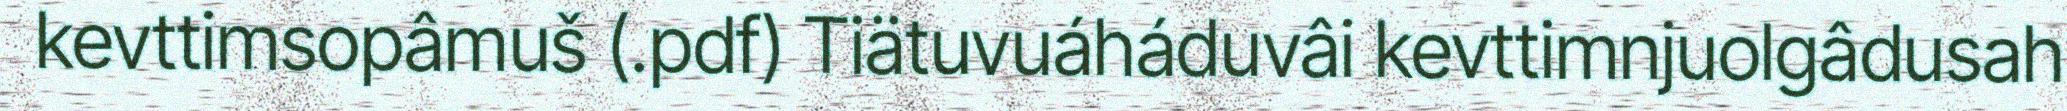
kevttimsopâmuš (.pdf) Tiätuvuáháduvâi kevttimnjuolgâdusah